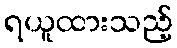
ရယူထားသည့်